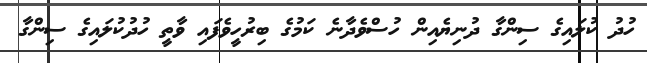
ހުދު ކުލައިގެ ސިންގާ ދުނިޔެއިން ހުސްވެދާނެ ކަމުގެ ބިރުހީވެފައި ވާތީ ހުދުކުލައިގެ ސިންގާ